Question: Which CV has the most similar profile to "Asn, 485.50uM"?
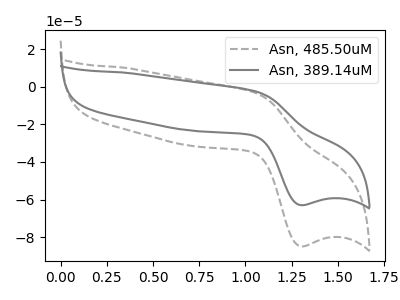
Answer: <think>The gray dashed curve "Asn, 485.50uM" has an anodic peak at (1.05V, -3.25uA) and a cathodic peak at (1.30V, -84.85uA). The gray curve "Asn, 389.14uM" has an anodic peak at (1.05V, -2.40uA) and a cathodic peak at (1.30V, -62.95uA).
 All the peaks in "Asn, 485.50uM" have a peak in "Asn, 389.14uM" at the same potential.</think>
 <answer>The CV with the most similar shape to "Asn, 389.14uM" is "Asn, 485.50uM".</answer>
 <eval>"Asn, 485.50uM"</eval>